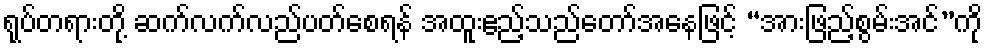
ရုပ်တရားတို့ ဆက်လက်လည်ပတ်စေရန် အထူးဧည့်သည်တော်အနေဖြင့် “အားဖြည့်စွမ်းအင်”ကို